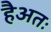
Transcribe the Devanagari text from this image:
हैअतः